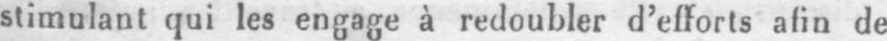
stimulant qui les engage à redoubler d’efforts afin de